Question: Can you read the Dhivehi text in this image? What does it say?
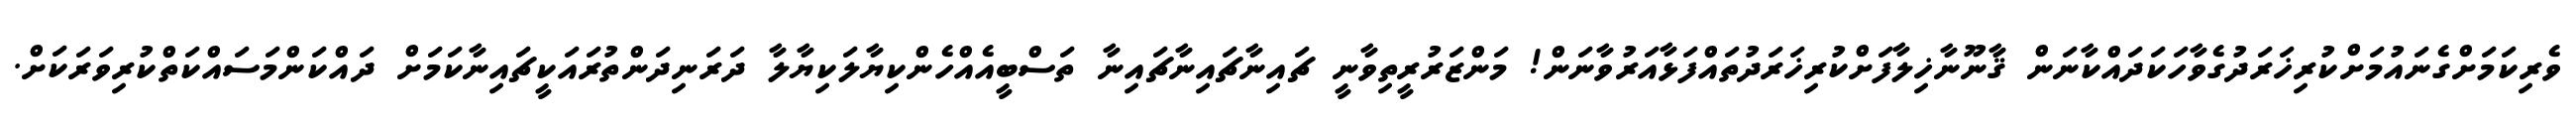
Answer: ވެރިކަމަށްގެނައުމަށްކުރިޚަރަދުގެވާހަކަދައްކާނަން ޤާނޫނާޚިލާފަށްކުރިޚަރަދުތައްފަޅާއަރުވާނަން! މަންޒަރުރީތިވާނީ ޗައިނާޗައިނާޗައިނާ ތަސްބީއެއްހެންކިޔާލަކިޔާލާ ދަރަނިދަންތުރައަކީޗައިނާކަމަށް ދައްކަންމަސައްކަތްކުރިވަރަކަށް.